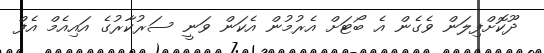
ދޫކޮށްފިލަން ވެގެން އެ ބޯޓަށް އެރުމުން އެކަން ވަނީ ސަރުކާރުގެ އައިއެމް އެފް